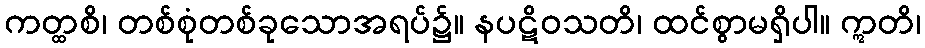
ကတ္ထစိ၊ တစ်စုံတစ်ခုသောအရပ်၌။ နပဋိဝသတိ၊ ထင်စွာမရှိပါ။ ဣတိ၊